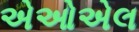
એઓએલ